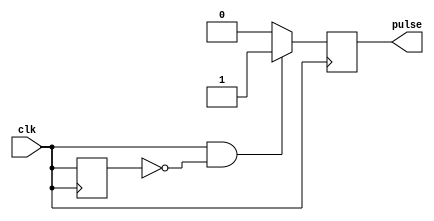
module RisingEdgePulseGenerator(
    input clk,
    output reg pulse
);

reg old_clk;

always @(posedge clk) begin
    if (clk && !old_clk) begin
        pulse <= 1;
    end else begin
        pulse <= 0;
    end
    old_clk <= clk;
end

endmodule